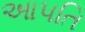
આપતિ